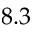
8 . 3